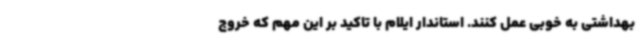
بهداشتی به خوبی عمل کنند. استاندار ایلام با تاکید بر این مهم که خروج